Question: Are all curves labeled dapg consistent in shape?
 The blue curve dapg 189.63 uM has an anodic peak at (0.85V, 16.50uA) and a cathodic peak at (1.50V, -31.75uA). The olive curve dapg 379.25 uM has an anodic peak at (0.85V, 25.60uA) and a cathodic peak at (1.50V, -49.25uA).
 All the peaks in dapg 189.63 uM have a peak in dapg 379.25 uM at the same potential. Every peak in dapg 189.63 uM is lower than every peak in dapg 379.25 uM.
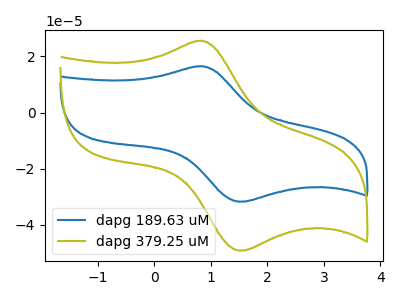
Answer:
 <answer>All the CV's of "dapg" have similar shape.</answer>
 <eval>follow_rule</eval>